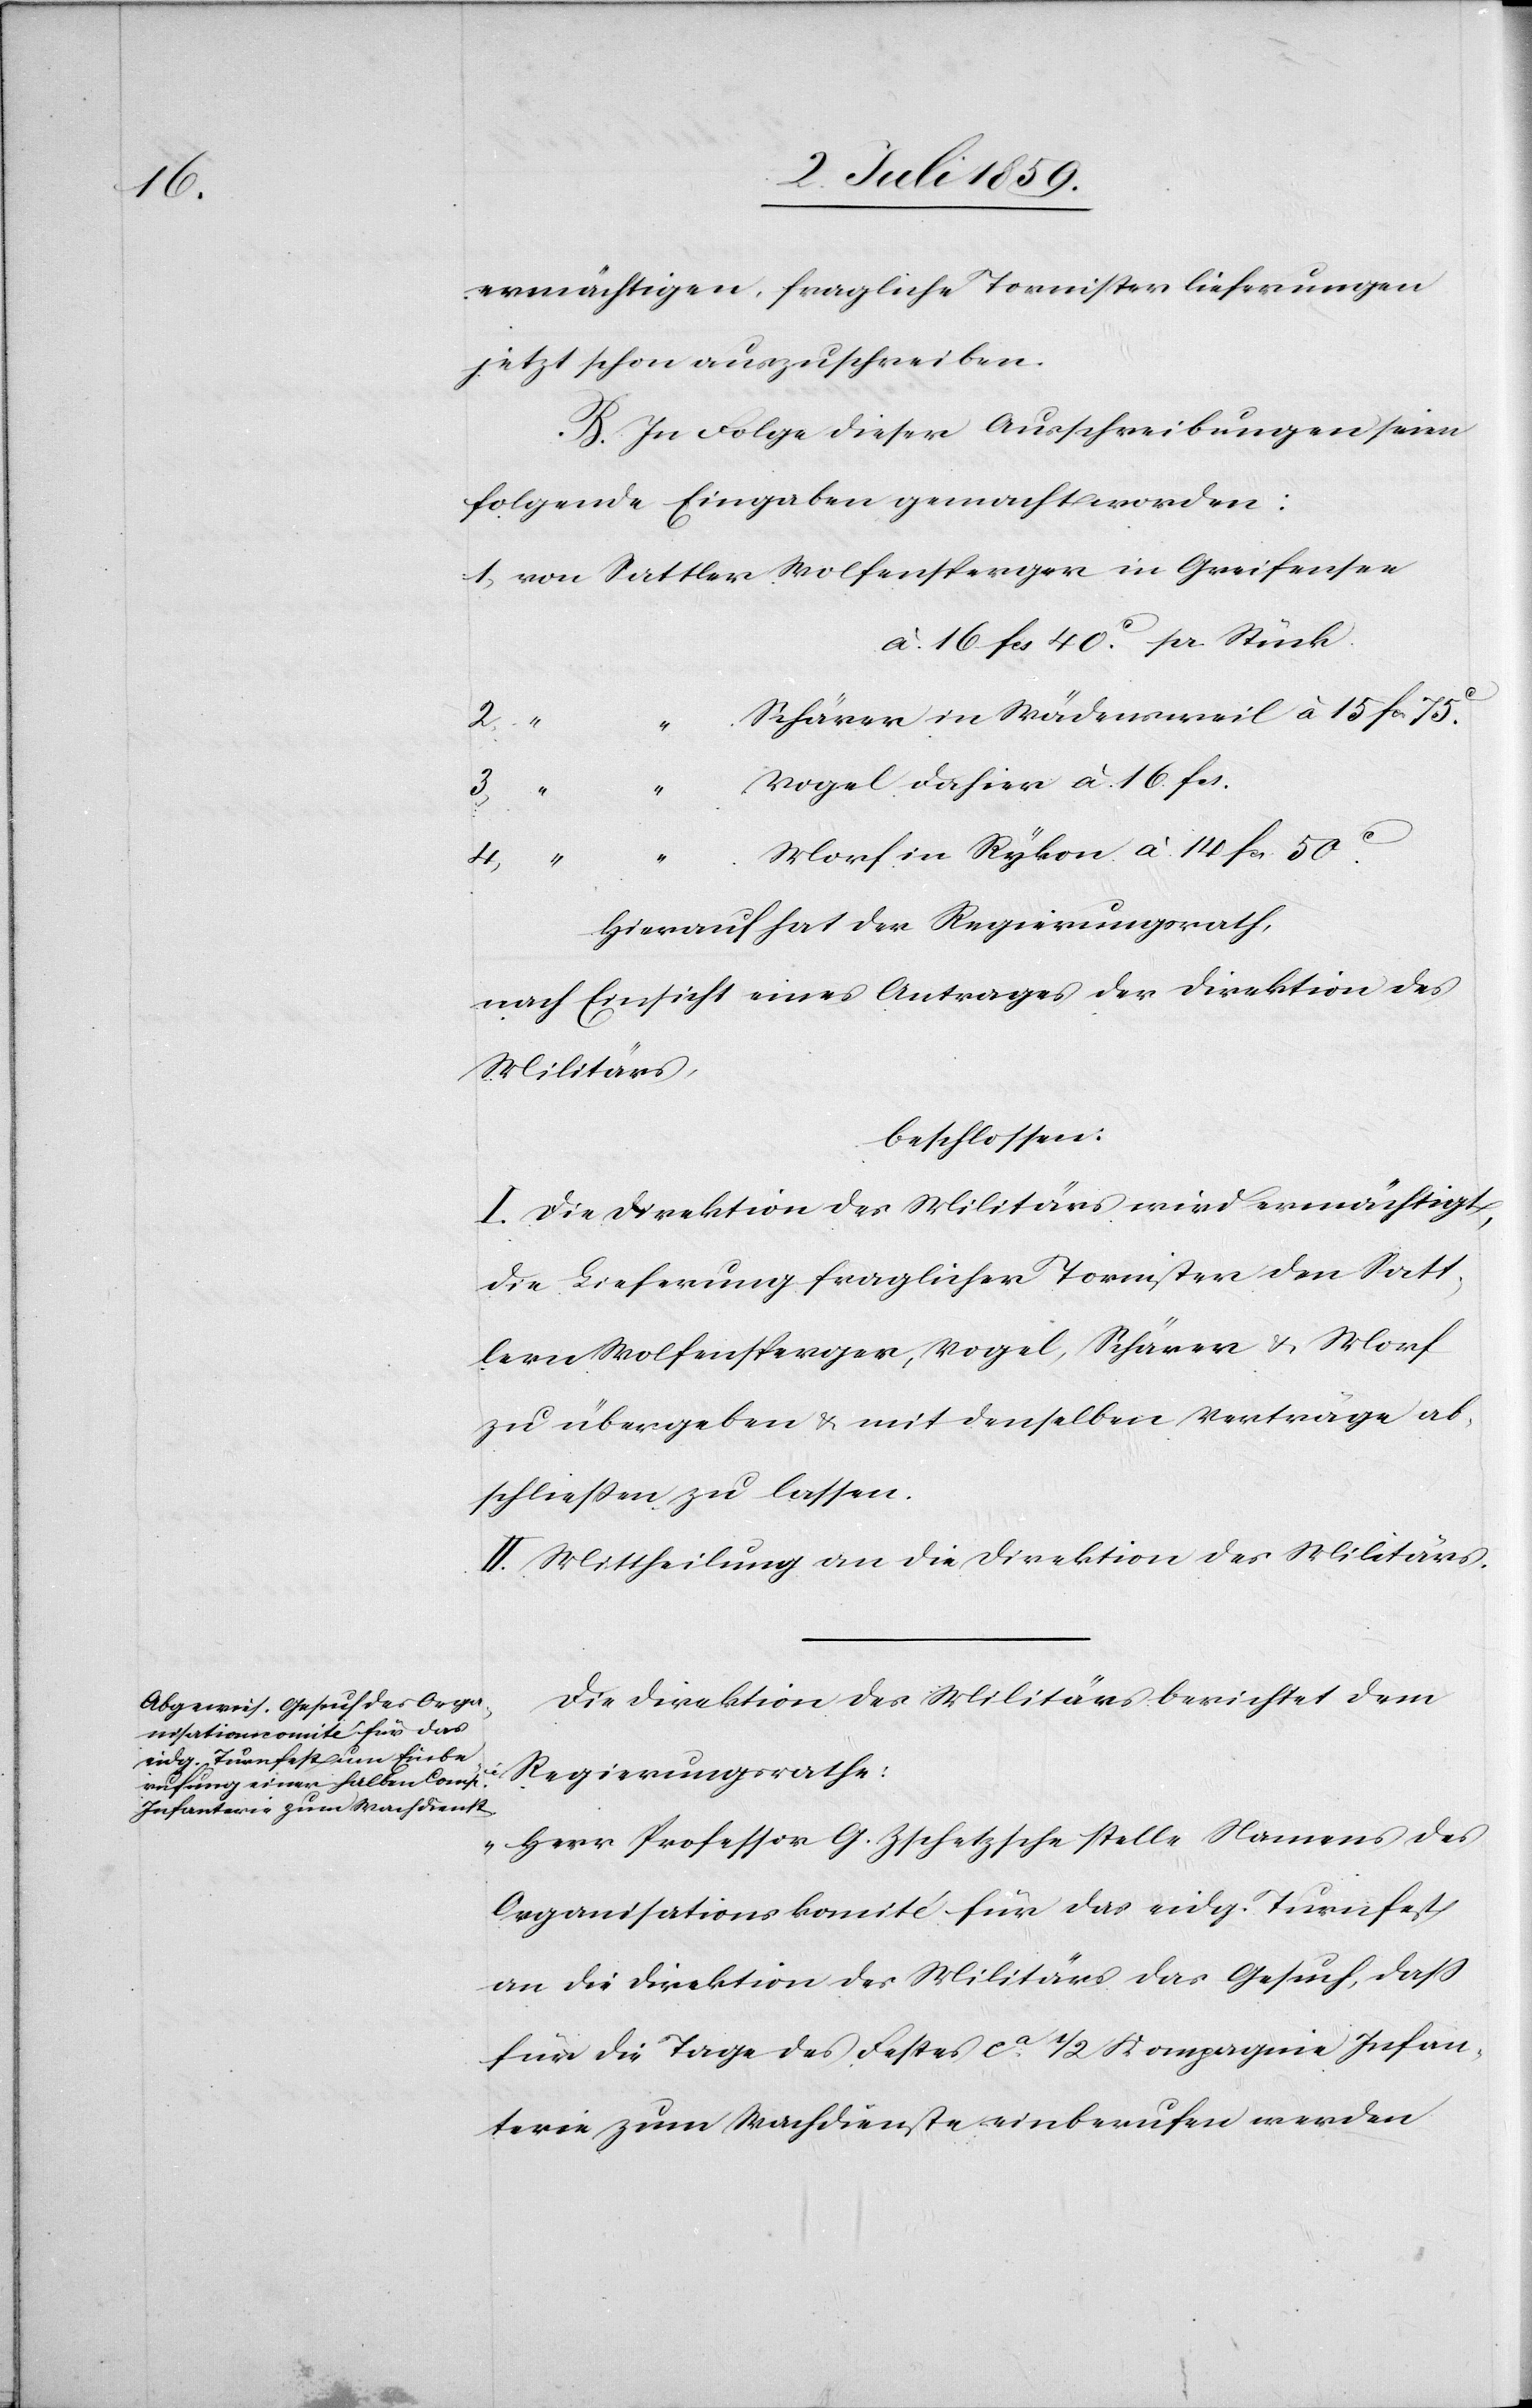
ermächtigen, fragliche Tornister Lieferungen
jetzt schon auszuschreiben.
B. In Folge dieser Ausschreibungen seien
folgende Eingaben gemacht worden:
1) von Sattler Wolfensperger in Greifensee:
à 16 fc 40 c pr. Stück.
Schärer in Wädensweil à 15 fc 75
3)
“ Vogel dahier à 16. fc
4)
“ Morf in Rykon à 14 fc. 50 c
Hierauf hat der Regierungsrath
nach Einsicht eines Antrages der Direktion des
Militärs,
beschlossen:
I. Die Direktion des Militärs wird ermächtigt,
die Lieferung fraglicher Tornister den Satt¬
lern Wolfensperger, Vogel, Schärer u. Morf
zu übergeben u. mit denselben Verträge ab¬
schliessen zu lassen.
II. Mittheilung an die Direktion des Militärs.
Die Direktion des Militärs berichtet dem
Regierungsrathe:
„Herr Professor G. Zschetzsche stelle Namens des
Organisationskomité für das eidg. Turnfest
an die Direktion des Militärs das Gesuch, dass
für die Tage des Festes ca 1/2 Kompagnie Infan¬
terie zum Wachdienste einberufen werden